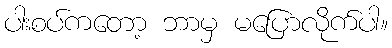
ပါးစပ်ကတော့ ဘာမှ မပြောလိုက်ပါ။